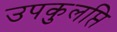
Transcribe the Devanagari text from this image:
उपकुलप्ति